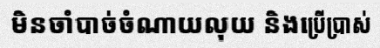
មិនចាំបាច់ចំណាយលុយ និងប្រើប្រាស់